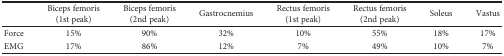
|  | Biceps femoris (1st peak) | Biceps femoris (2nd peak) | Gastrocnemius | Rectus femoris (1st peak) | Rectus femoris (2nd peak) | Soleus | Vastus |
 | --- | --- | --- | --- | --- | --- | --- | --- |
 | Force | 15% | 90% | 32% | 10% | 55% | 18% | 17% |
 | EMG | 17% | 86% | 12% | 7% | 49% | 10% | 7% |